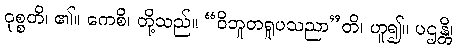
ဝုစ္စတိ၊ ၏။ ကေစိ၊ တို့သည်။ “ဝိဘူတရူပသညာ”တိ၊ ဟူ၍။ ပဌန္တိ၊